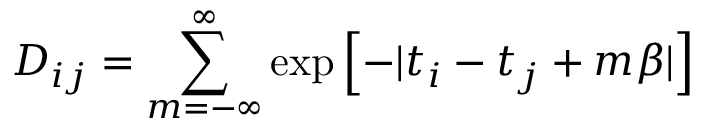
D _ { i j } = \sum _ { m = - \infty } ^ { \infty } \exp \left[ - | t _ { i } - t _ { j } + m \beta | \right]